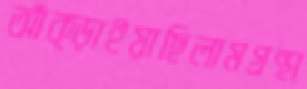
আঁক্‌ড়াইয়াছিলামগ্রন্থা